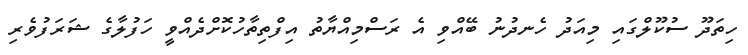
ހިތަދޫ ސުކޫލްގައި މިއަދު ހެނދުނު ބޭއްވި އެ ރަސްމިއްޔާތު އިފްތިތާހުކޮށްދެއްވީ ހަފުލާގެ ޝަރަފުވެރި